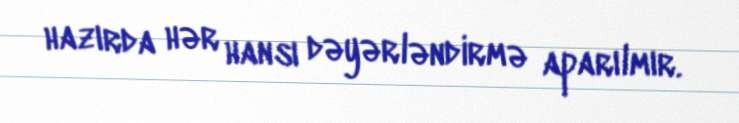
hazırda hər hansı dəyərləndirmə aparılmır.